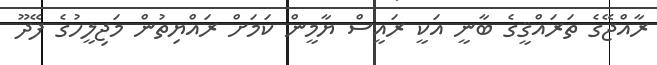
ރާއްޖޭގެ ތަރައްޤީގެ ބާނީ އަކީ ރައީސް ޔާމީން ކަމަށް ރައްޔިތުން މަޖިލީހުގެ ފޭދޫ